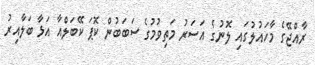
ރާއްޖޭގެ މާހައުލުގައި ލޮނުގެ އަސަރު މަތިވުމުގެ ސަބަބުން ކޮޕަ ކޭބަލްއާ އަޅާ ބަލާއިރު